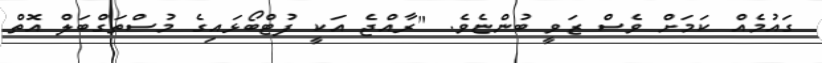
ގައުމެއް ކަމަށް ވެސް ޒަވީ ބުންޏެވެ. "ރާއްޖެ އަކީ ފުޓްބޯޅައިގެ މުސްތަގްބަލް އޮތް